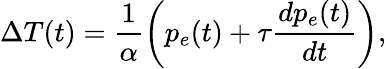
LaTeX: \Delta T(t)=\frac{1}{\alpha}\left(p_{e}(t)+\tau\frac{dp_{e}(t)}{dt}\right),